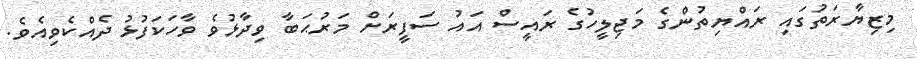
މިޒިޔާރަތުގައި ރައްޔިތުންގެ މަޖިލީހުގެ ރައީސް އައު ސަފީރަށް މަރުޙަބާ ވިދާޅުވެ ވާހަކަފުޅު ދެއްކެވިއެވެ.